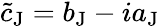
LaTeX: \tilde{c}_{\mathrm{J}}=b_{\mathrm{J}}-ia_{\mathrm{J}}